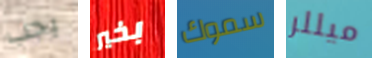
يجب بخير سموك ميللر